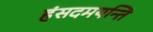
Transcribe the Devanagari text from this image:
हंसदमयन्ति